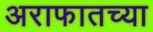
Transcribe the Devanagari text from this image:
अराफातच्या